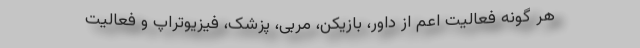
هر گونه فعالیت اعم از داور، بازیکن، مربی، پزشک، فیزیوتراپ و فعالیت